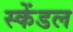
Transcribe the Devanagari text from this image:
स्केंडल